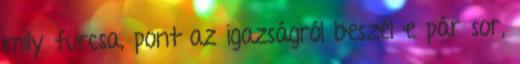
mily furcsa, pont az igazságról beszél e pár sor,